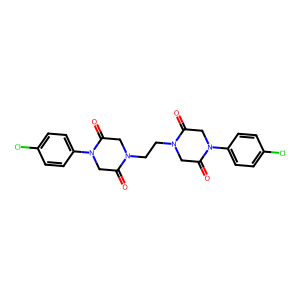
SMILES: O=C1CN(c2ccc(Cl)cc2)C(=O)CN1CCN1CC(=O)N(c2ccc(Cl)cc2)CC1=O
Inhibits HIV replication: No